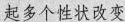
起多个性状改变